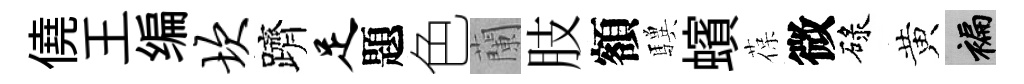
僥王编坎躋足題色蘭肢額驥蠙葆微碌黄褊